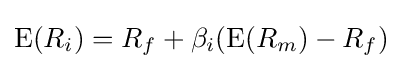
\operatorname {E} (R_{i})=R_{f}+\beta _{i}(\operatorname {E} (R_{m})-R_{f})